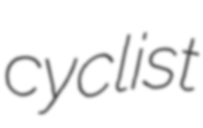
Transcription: cyclist